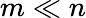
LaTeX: m\ll n